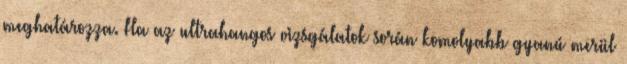
meghatározza. Ha az ultrahangos vizsgálatok során komolyabb gyanú merül